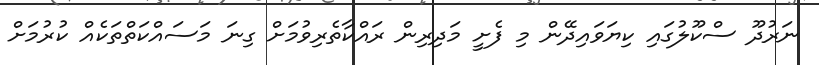
ނަރުދޫ ސްކޫލުގައި ކިޔަވައިދޭން މި ފެށީ މަދިރިން ރައްކާތެރިވުމަށް ގިނަ މަސައްކަތްތަކެއް ކުރުމަށް